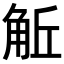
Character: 𧣜